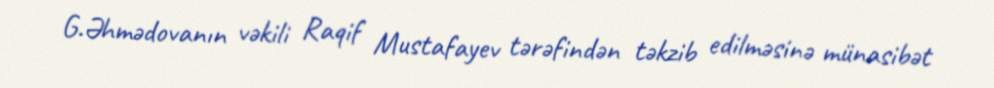
G.Əhmədovanın vəkili Raqif Mustafayev tərəfindən təkzib edilməsinə münasibət